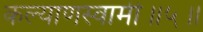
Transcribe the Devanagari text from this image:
कल्याणस्वामी॥५॥